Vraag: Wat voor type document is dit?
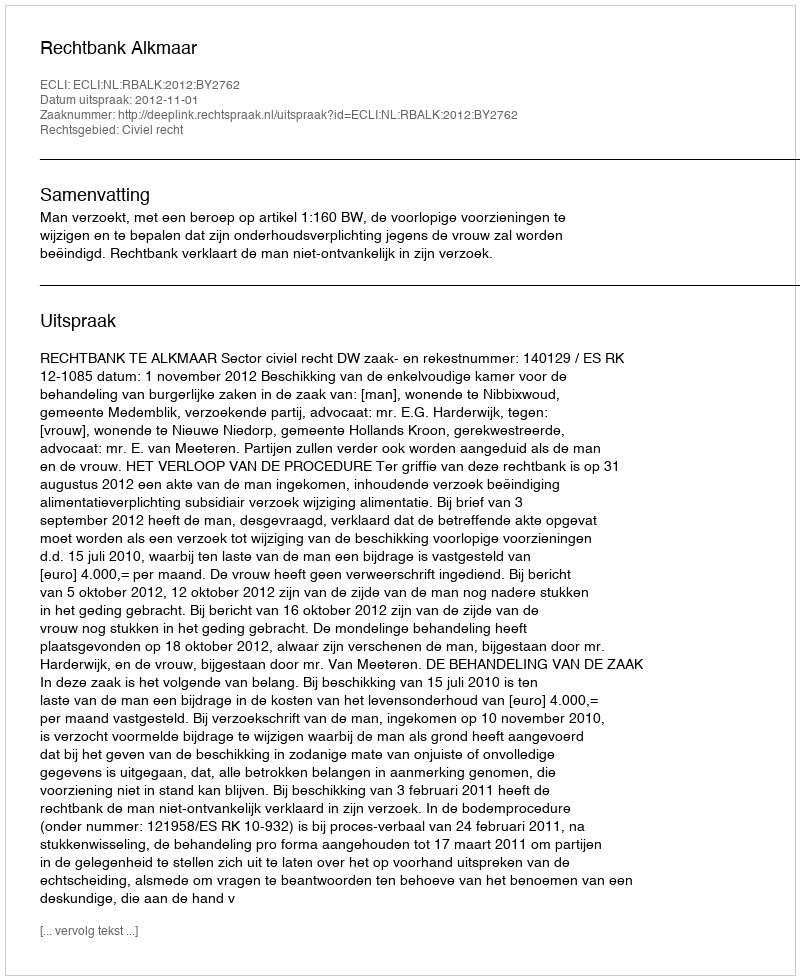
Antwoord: Uitspraak